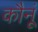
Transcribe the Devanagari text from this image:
कौनूं